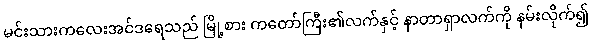
မင်းသားကလေးအင်ဒရေသည် မြို့စား ကတော်ကြီး၏လက်နှင့် နာတာရှာလက်ကို နမ်းလိုက်၍